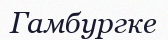
Гамбургке